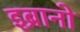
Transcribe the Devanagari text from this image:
इब्रानो